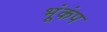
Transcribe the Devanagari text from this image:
भूंकंप